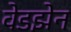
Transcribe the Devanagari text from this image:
वेडझेन